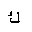
Letter: _kaf